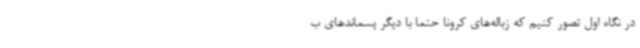
در نگاه اول تصور کنیم که زباله‌های کرونا حتما با دیگر پسماندهای ب